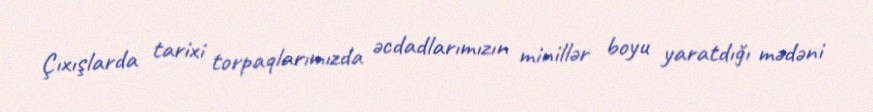
Çıxışlarda tarixi torpaqlarımızda əcdadlarımızın minillər boyu yaratdığı mədəni